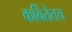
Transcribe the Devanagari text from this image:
कवितेतच